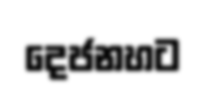
දෙජනහට